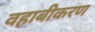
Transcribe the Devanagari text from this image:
वहाबीकरण